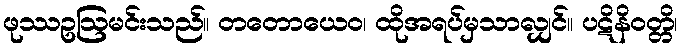
ဖုဿဥဩမင်းသည်။ တတောယေဝ၊ ထိုအရပ်မှသာလျှင်။ ပဋိနိဝတ္တိ၊